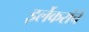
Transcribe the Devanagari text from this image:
इर्लेकरांचे